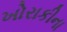
ખોરાકીના